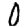
Digit: 0